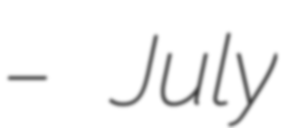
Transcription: – July